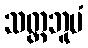
သတ္တဘူမံ